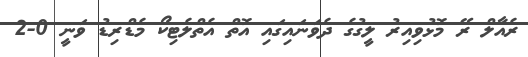
ރެއާލް ރޭ މޮޅުވިއިރު ލީގުގެ ދެވަނައިގައި އޮތް އެތްލެޓިކޯ މެޑްރިޑު ވަނީ 0-2